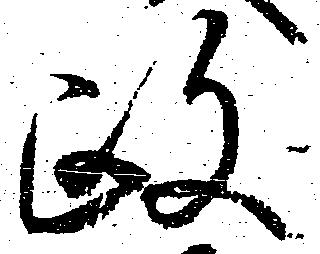
政